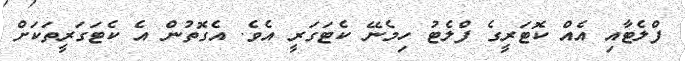
ފްލެޓާއި އެއް ކޮޓަރީގެ ފްލެޓު ހިމެނޭ ކެޓަގަރީ އެވެ. އެގޮތުން އެ ކެޓަގަރީތަކަށް